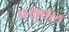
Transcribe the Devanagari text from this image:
पशुबल